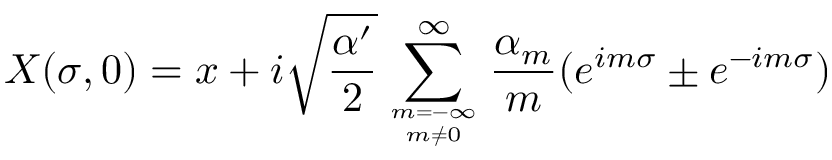
X ( \sigma , 0 ) = x + i \sqrt { \frac { \alpha ^ { \prime } } { 2 } } \sum _ { { m = { - \infty } } \atop { m \neq 0 } } ^ { \infty } \frac { \alpha _ { m } } { m } ( e ^ { i m \sigma } \pm e ^ { - i m \sigma } )